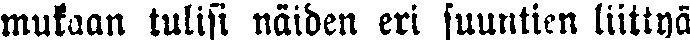
mukaan tulisi näiden eri suuntien liittyä